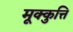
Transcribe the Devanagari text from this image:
मूक्कुत्ति